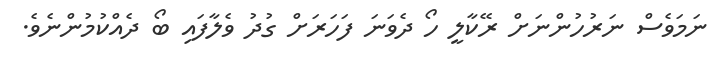
ނަމަވެސް ނަރުހުންނަށް ރޭކާލީ ހޯ ދެވަނަ ފަހަރަށް ގުދު ވެލާފައި ބޯ ދެއްކުމުންނެވެ.